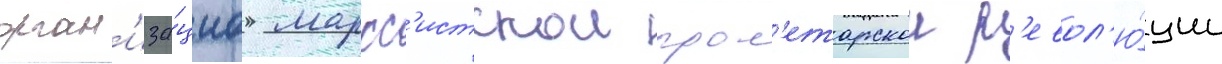
орган'иза́циа маркс'истскои прол'етарскои р'евол'ю́ции